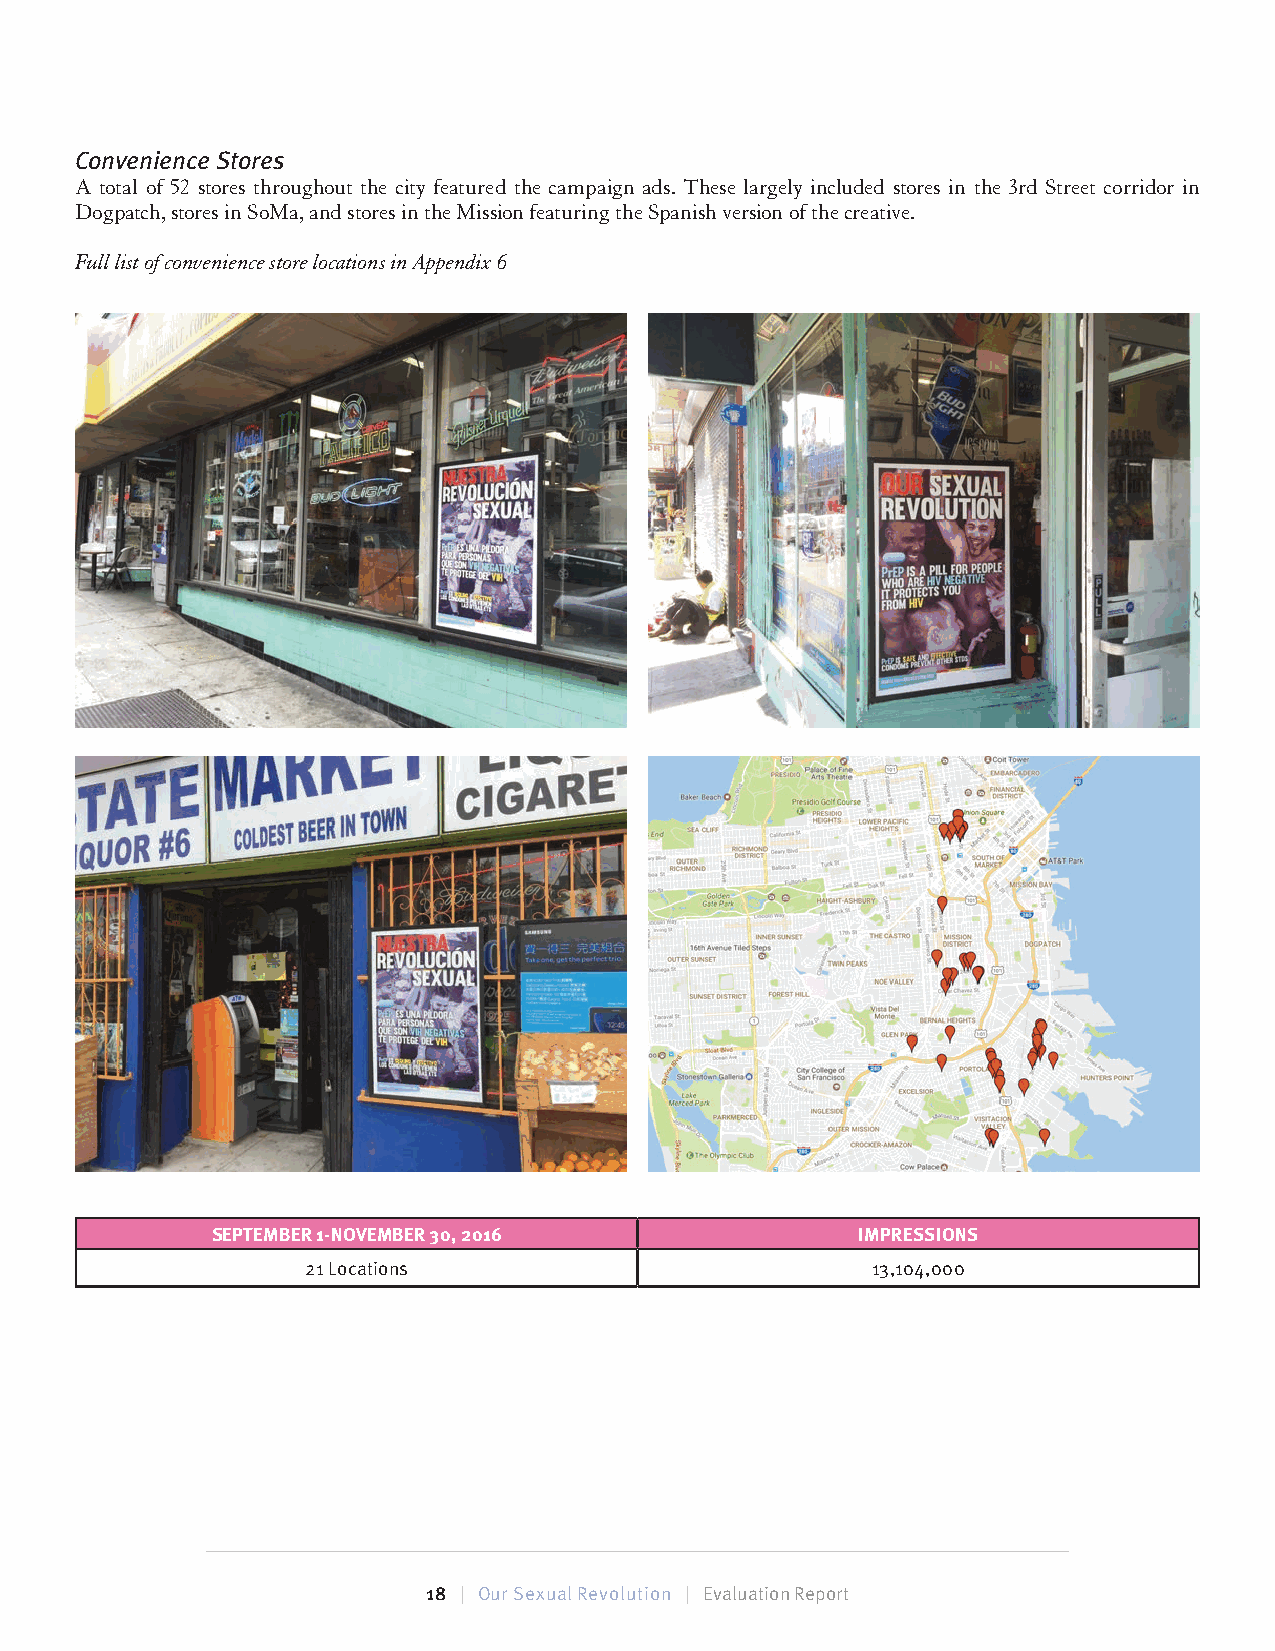
Convenience Stores
 A total of 52 stores throughout the city featured the campaign ads. These largely included stores in the 3rd Street corridor in
 Dogpatch, stores in SoMa, and stores in the Mission featuring the Spanish version of the creative.
 Full list of convenience store locations in Appendix 6
 SEPTEMBER 1-NOVEMBER 30, 2016              IMPRESSIONS
 21 Locations                          13,104,000
 18 | Our Sexual Revolution | Evaluation Report